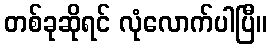
တစ်ခုဆိုရင် လုံလောက်ပါပြီ။